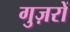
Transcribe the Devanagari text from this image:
गुज़रों